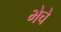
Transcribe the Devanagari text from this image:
भेचे